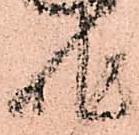
作